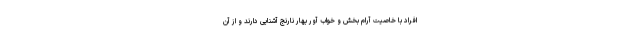
افراد با خاصیت آرام بخش و خواب آور بهار نارنج آشنایی دارند و از آن